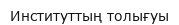
Институттың толығуы